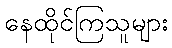
နေထိုင်ကြသူများ